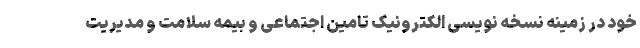
خود در زمینه نسخه نویسی الکترونیک تامین اجتماعی و بیمه سلامت و مدیریت